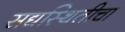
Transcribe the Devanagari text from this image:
सद्यस्थितीचा